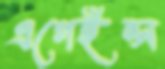
এগেইন্স